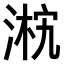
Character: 𣸴